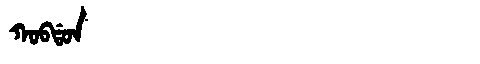
Manchu: ᡴᠣᠪᡩᠣᠨ
Romanization: KOBDON